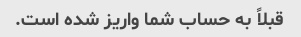
قبلاً به حساب شما واریز شده است.